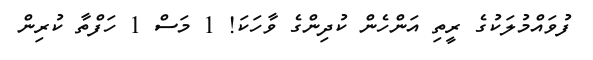
ފުވައްމުލަކުގެ ރީތި އަންހެން ކުދިންގެ ވާހަކަ! 1 މަސް 1 ހަފްތާ ކުރިން